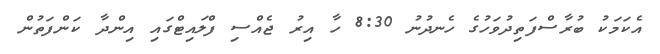
އެކަމަކު ބުރާސްފަތިދުވަހުގެ ހެނދުނު 8:30 ހާ އިރު ޖެއްސި ފްލައިޓްގައި އިންދާ ކަންފަތުން